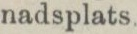
nadsplats.